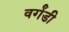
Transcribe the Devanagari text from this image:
वर्गंडी